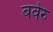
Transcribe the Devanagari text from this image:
बवेरु